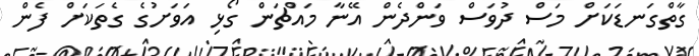
ގާތްގަނޑަކަށް މަސް ދުވަސް ވަންދެން އޭނާ މައްޗަން ގޯޅި އަވަށުގެ ގެތަކަށް ފެން